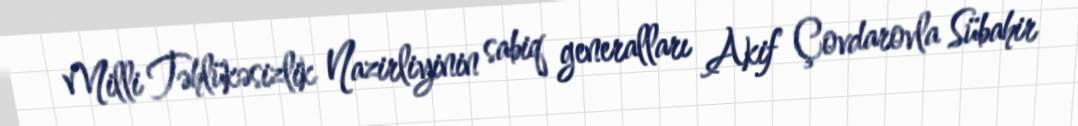
Milli Təhlükəsizlik Nazirliyinin sabiq generalları Akif Çovdarovla Sübahir